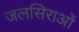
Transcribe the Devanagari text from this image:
जलसिराओं